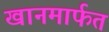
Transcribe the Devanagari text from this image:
खानमार्फत